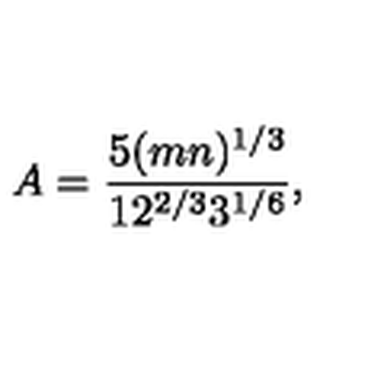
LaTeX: A = { \frac { 5 ( m n ) ^ { 1 / 3 } } { 1 2 ^ { 2 / 3 } 3 ^ { 1 / 6 } } } , \quad